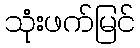
သုံးဖက်မြင်